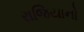
રાજિયાનો